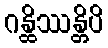
ဂန္ထိဿန္တိပိ